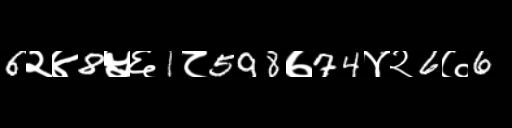
Text: 6२४8५६1८598७74४२6७6